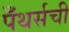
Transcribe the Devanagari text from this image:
पँथर्सची